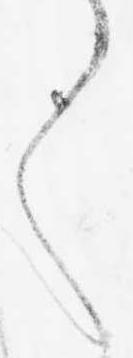
く